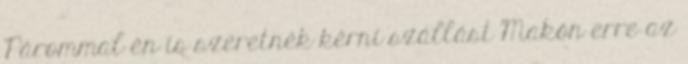
Párommal én is szeretnék kérni szállást Makón erre az